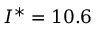
I ^ { * } = 1 0 . 6